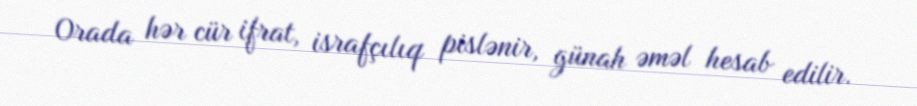
Orada hər cür ifrat, israfçılıq pislənir, günah əməl hesab edilir.